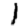
Digit: 1